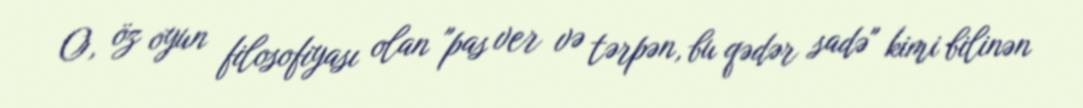
O, öz oyun filosofiyası olan "pas ver və tərpən, bu qədər sadə" kimi bilinən